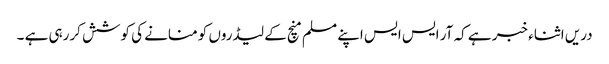
دریں اثناء خبر ہے کہ آر ایس ایس اپنے مسلم منچ کے لیڈروں کو منانے کی کوشش کررہی ہے ۔